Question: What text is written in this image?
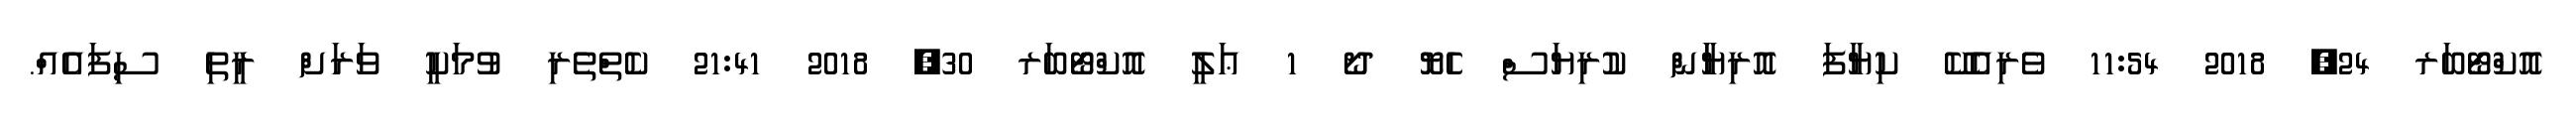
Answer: އޮކްޓޯބަރ 24, 2018 11:54 ވެރިއެކޭ ކިޔާފަ އޮރިޔަާން ކުރިޔަސް ހެޔޮ ދޯ 1 ޢަލީ އޮކްޓޯބަރ 30, 2018 21:41 ކެތްތެރި ވުމަކީ ވަރަށް ރީތި ސިފައެއް.